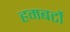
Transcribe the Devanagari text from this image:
हमबर्टो